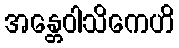
အန္တေဝါသိကေဟိ